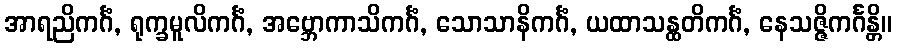
အာရညိကင်္ဂံ, ရုက္ခမူလိကင်္ဂံ, အဗ္ဘောကာသိကင်္ဂံ, သောသာနိကင်္ဂံ, ယထာသန္ထတိကင်္ဂံ, နေသဇ္ဇိကင်္ဂန္တိ။